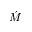
\acute { M }